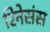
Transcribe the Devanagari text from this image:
रिनेसंस